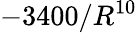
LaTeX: -3400/R^{10}